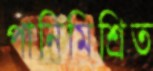
পানিমিশ্রিত